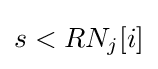
s<RN_{j}[i]